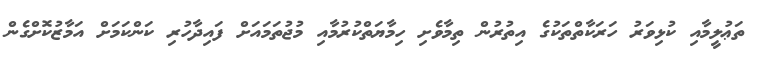
ތަޢުލީމާއި ކުޅިވަރު ހަރަކާތްތަކުގެ އިތުރުން ތިމާވެށި ހިމާޔަތްކުރުމާއި މުޖުތަމައަށް ފައިދާހުރި ކަންކަމަށް އަމާޒުކޮށްގެން